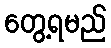
တွေ့ရမည်